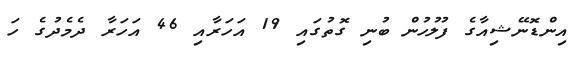
އިންޑޮނޭޝިއާގެ ފުލުހުން ބުނި ގޮތުގައި 19 އަހަރާއި 46 އަހަރާ ދެމެދުގެ ހަ